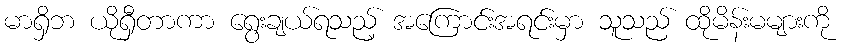
မာရှိဘ ယိုရှီတာကာ ရွေးချယ်ရသည့် အကြောင်းအရင်းမှာ သူသည် ထိုမိန်းမများကို